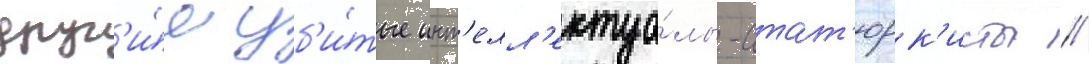
друг'и́е уб'и́тые инт'елл'ектуа́лы-атат'юрк'исты //